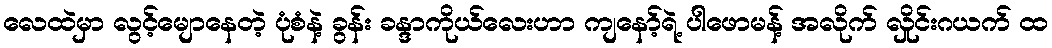
လေထဲမှာ လွင့်မျောနေတဲ့ ပုံစံနဲ့ ခွန်း ခန္ဒာကိုယ်လေးဟာ ကျနော့်ရဲ့ ပါဖောမန့် အလိုက် လှိုင်းဂယက် ထ